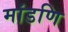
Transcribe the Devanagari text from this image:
मांडणि